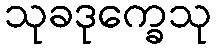
သုခဒုက္ခေသု